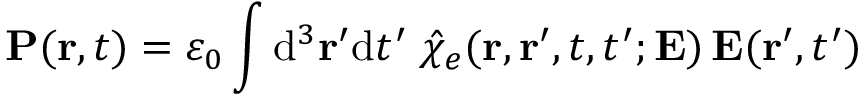
\mathbf { P } ( \mathbf { r } , t ) = \varepsilon _ { 0 } \int \mathrm { { d } } ^ { 3 } \mathbf { r } ^ { \prime } \mathrm { { d } } t ^ { \prime } \; { \hat { \chi } } _ { e } ( \mathbf { r } , \mathbf { r } ^ { \prime } , t , t ^ { \prime } ; \mathbf { E } ) \, \mathbf { E } ( \mathbf { r } ^ { \prime } , t ^ { \prime } )